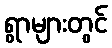
ရွာများတွင်